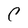
Character: C